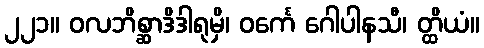
၂၂၁။ ဝလဘိစ္ဆာဒိဒါရုမှိ၊ ဝင်္ကေ ဂေါပါနသီ၊ တ္ထိယံ။